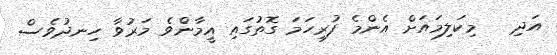
އަދި   މިކަލިމައަށް އެންމެ ފުރިހަމަ ގޮތުގައި އީމާންވެ މަރުވާ ހިނދުވެސް